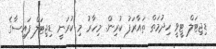
ޑިޖިޓަލް ޓީވީ ހިދުމަތް ތައާރަފު ކުރިން. މިހާރު މި ކުރަނީ ޑިޖިޓަލް ފައިސާގެ